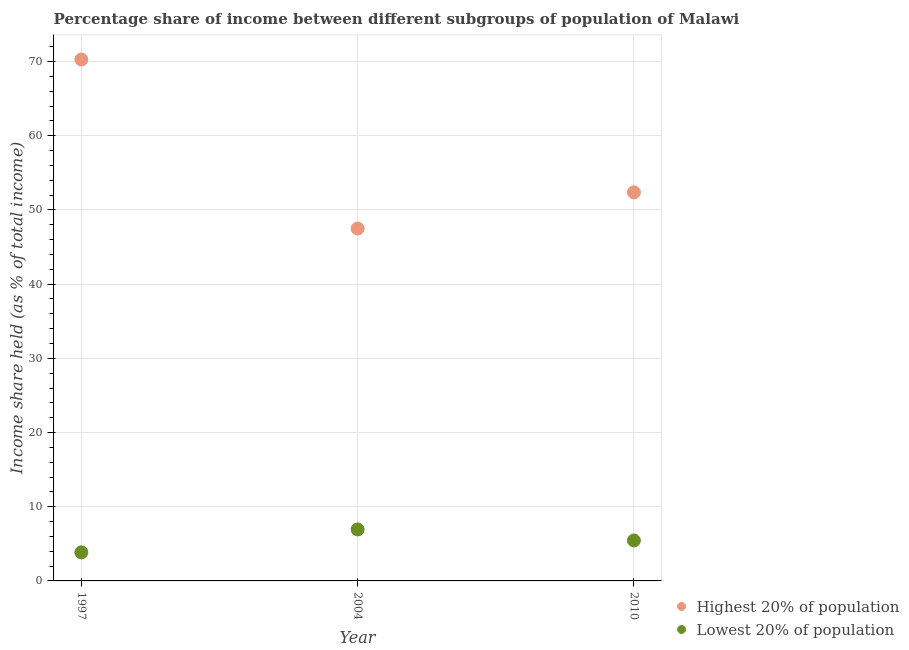
| Year | Highest 20% of population | Lowest 20% of population |
 | --- | --- | --- |
 | 1997 | 70.3 | 3.85 |
 | 2004 | 47.5 | 6.94 |
 | 2010 | 52.4 | 5.45 |